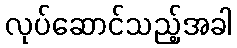
လုပ်ဆောင်သည့်အခါ